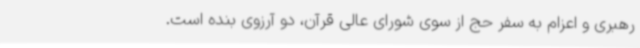
رهبری و اعزام به سفر حج از سوی شورای عالی قرآن، دو آرزوی بنده است.